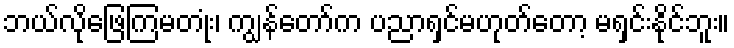
ဘယ်လိုဖြေကြမတုံး၊ ကျွန်တော်က ပညာရှင်မဟုတ်တော့ မရှင်းနိုင်ဘူး။